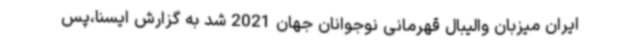
ایران میزبان والیبال قهرمانی نوجوانان جهان 2021 شد به گزارش ایسنا،پس